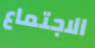
الاجتماع